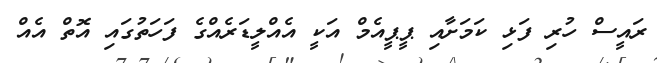
ރައީސް ހުރި ފަޅި ކަމަށާއި ޕީޕީއެމް އަކީ އެއްލީޑަރެއްގެ ފަހަތުގައި އޮތް އެއް